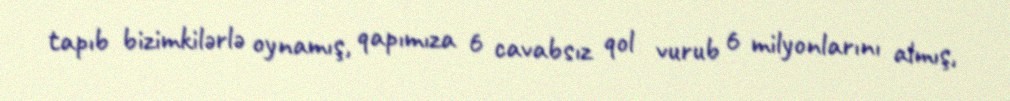
tapıb bizimkilərlə oynamış, qapımıza 6 cavabsız qol vurub 6 milyonlarını almış,